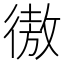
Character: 𢕟